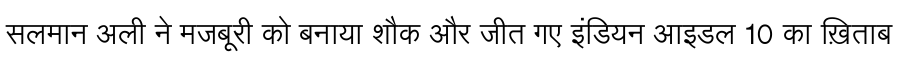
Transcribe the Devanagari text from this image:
सलमान अली ने मजबूरी को बनाया शौक और जीत गए इंडियन आइडल 10 का ख़िताब